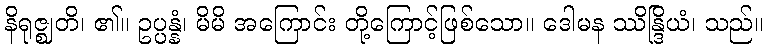
နိရုဇ္ဈတိ၊ ၏။ ဥပ္ပန္နံ၊ မိမိ အကြောင်း တို့ကြောင့်ဖြစ်သော။ ဒေါမန ဿိန္ဒြိယံ၊ သည်။